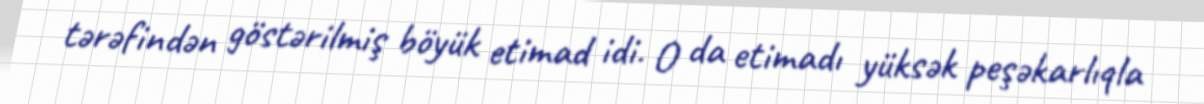
tərəfindən göstərilmiş böyük etimad idi. O da etimadı yüksək peşəkarlıqla